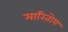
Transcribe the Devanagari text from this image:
मारितोय